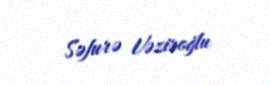
Səfurə Vəziroğlu